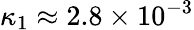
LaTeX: \kappa_{1}\approx 2.8\times 10^{-3}